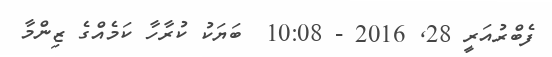
ފެބްރުއަރީ 28